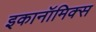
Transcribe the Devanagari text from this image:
इकानॉमिक्स